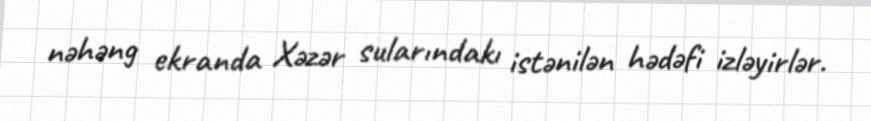
nəhəng ekranda Xəzər sularındakı istənilən hədəfi izləyirlər.